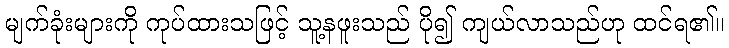
မျက်ခုံးများကို ကုပ်ထားသဖြင့် သူ့နဖူးသည် ပို၍ ကျယ်လာသည်ဟု ထင်ရ၏။